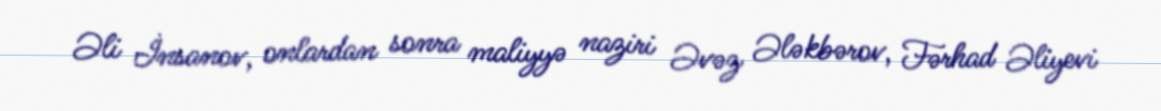
Əli İnsanov, onlardan sonra maliyyə naziri Əvəz Ələkbərov, Fərhad Əliyevi